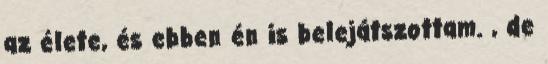
az élete, és ebben én is belejátszottam. , de